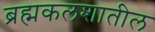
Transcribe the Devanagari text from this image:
ब्रह्मकलशातील